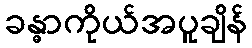
ခန္ဓာကိုယ်အပူချိန်